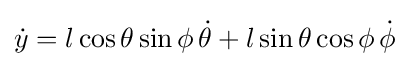
{\dot {y}}=l\cos \theta \sin \phi \,{\dot {\theta }}+l\sin \theta \cos \phi \,{\dot {\phi }}